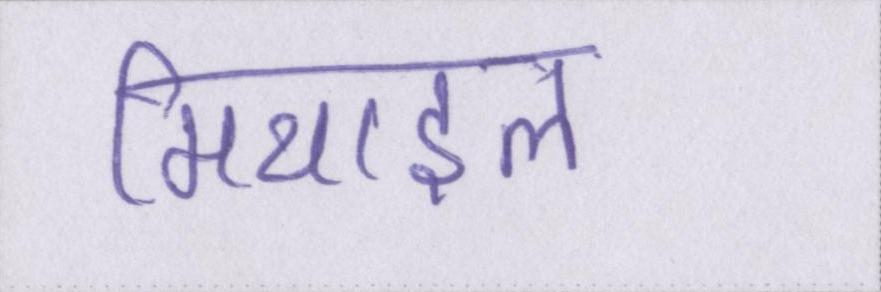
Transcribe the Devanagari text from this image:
मिथाइल